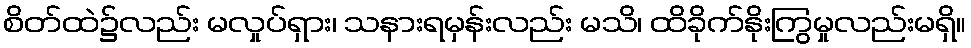
စိတ်ထဲ၌လည်း မလှုပ်ရှား၊ သနားရမှန်းလည်း မသိ၊ ထိခိုက်နိုးကြွမှုလည်းမရှိ။